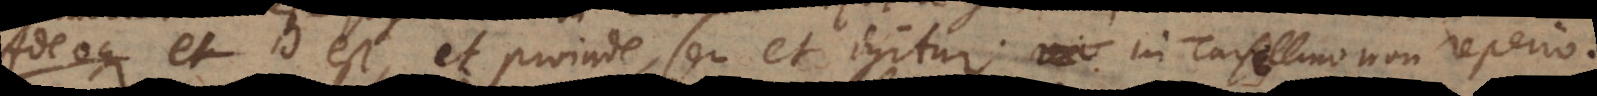
Adeoque et id est, et proinde, seu et igitur in Tursellino non reperio.